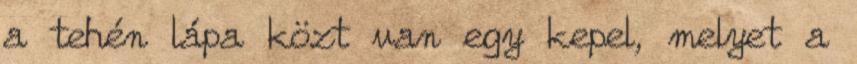
a tehén lápa közt van egy kepel, melyet a